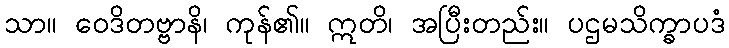
သာ။ ဝေဒိတဗ္ဗာနိ၊ ကုန်၏။ ဣတိ၊ အပြီးတည်း။ ပဌမသိက္ခာပဒံ